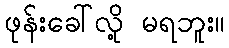
ဖုန်းခေါ်လို့ မရဘူး။